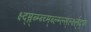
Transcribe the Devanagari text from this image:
क्ष्द्म्ल्ब्म्ब्च्म्ब्ल्म्ल्स्र्ल्क्ष्ल्द्फ्